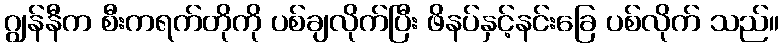
ဂျွန်နီက စီးကရက်တိုကို ပစ်ချလိုက်ပြီး ဖိနပ်နှင့်နင်းခြေ ပစ်လိုက် သည်။